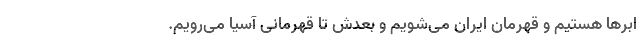
ابرها هستیم و قهرمان ایران می‌شویم و بعدش تا قهرمانی آسیا می‌رویم.